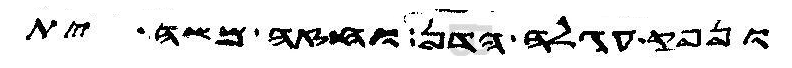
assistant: ונפק עגלה הדן וחזה משה ית